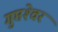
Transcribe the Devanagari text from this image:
गुप्तेश्‍वर